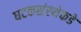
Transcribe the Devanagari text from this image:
घटकसंस्थेकडे